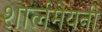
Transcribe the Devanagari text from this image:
शार्लमेयनी